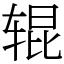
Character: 辊